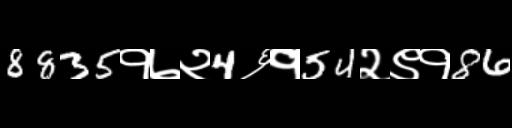
Text: 8835१७२4६१54२९१86